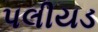
પલીયડ